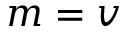
m = v